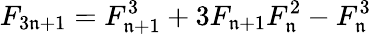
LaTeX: F_{3\mathfrak{n}+1}=F_{\mathfrak{n}+1}^{3}+3F_{\mathfrak{n}+1}F_{\mathfrak{n}}^{2}-F_{\mathfrak{n}}^{3}